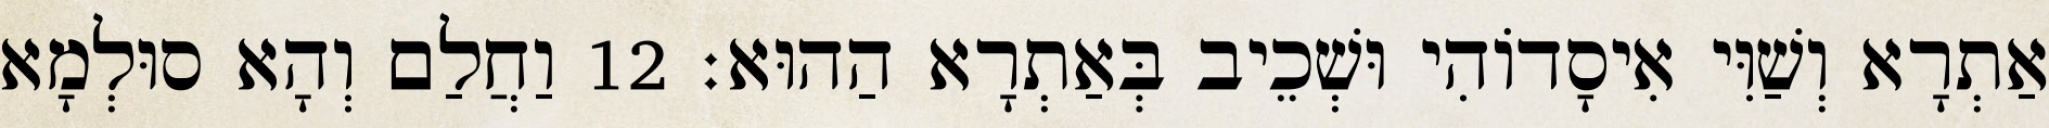
אַתְרָא וְשַׁוִּי אִיסָדוֹהִי וּשְׁכֵיב בְּאַתְרָא הַהוּא׃ 12 וַחֲלַם וְהָא סוּלְמָא